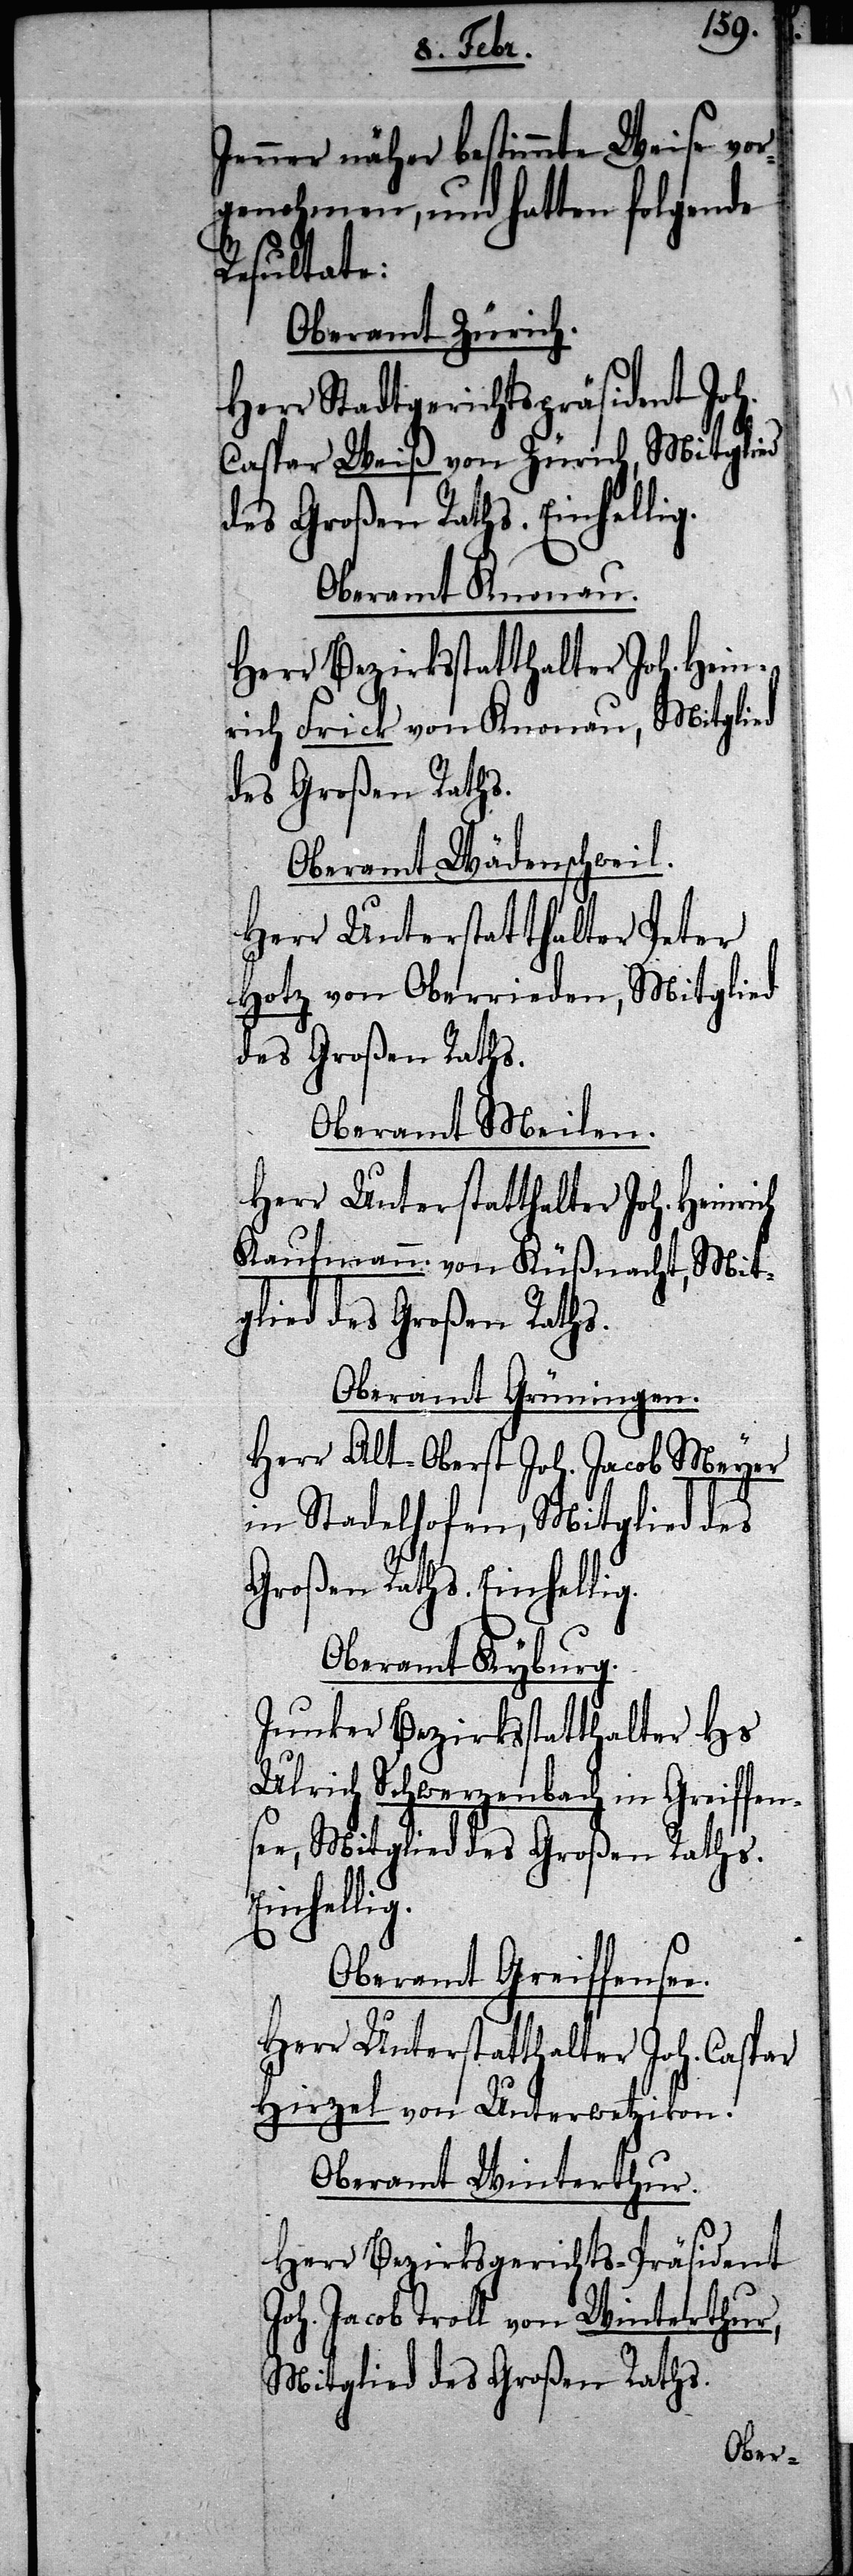
Jenner näher bestimmte Weise vor¬
genohmen, und hatten folgende
Resultate:
Oberamt Zürich.
Herr Stadtgerichtspräsident Joh.
Caspar Weiß von Zürich, Mitglied
des Großen Raths. Einhellig.
Oberamt Knonau.
Herr Bezirksstatthalter Joh. Hein¬
rich Frick von Knonau, Mitglied
des Großen Raths.
Oberamt Wädenschweil.
Herr Unterstatthalter Peter
Hotz von Oberrieden, Mitglied
des Großen Raths.
Oberamt Meilen.
Herr Unterstatthalter Joh. Heinrich
Kaufmann von Küßnacht. Mit¬
glied des Großen Raths.
Oberamt Grüningen.
Herr Alt-Oberst Joh. Jacob Meyer
in Stadelhofen, Mitglied des
Großen Raths. Einhellig.
Oberamt Kyburg.
Junker Bezirksstatthalter Hs
Ulrich Schwerzenbach in Greiffen¬
see, Mitglied des Großen Raths.
Oberamt Greiffensee.
Herr Unterstatthalter Joh. Caspar
Hirzel von Unterwetzikon.
Oberamt Winterthur.
Herr Bezirksgerichts-Präsident
Joh. Jacob Troll von Winterthur,
Mitglied des Großen Raths.